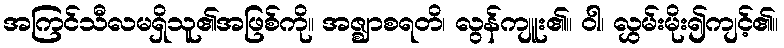
အကြင်သီလမရှိသူ၏အဖြစ်ကို။ အဇ္ဈာစရတိ၊ လွန်ကျူး၏။ ဝါ၊ လွှမ်းမိုး၍ကျင့်၏။